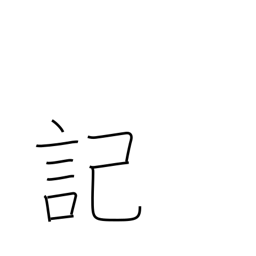
Meaning: scribe